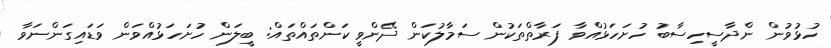
ހުޅުވުން ންދާސީހިސާބު ހުށަހަޅުއްވާ ފަރާތްތަކުން ސަމާލުކަން ދޭންވީ ކަންތައްތައް: ބީލަން ހުށަހަޅުއްވަން ވަޑައިގަންނަވާ